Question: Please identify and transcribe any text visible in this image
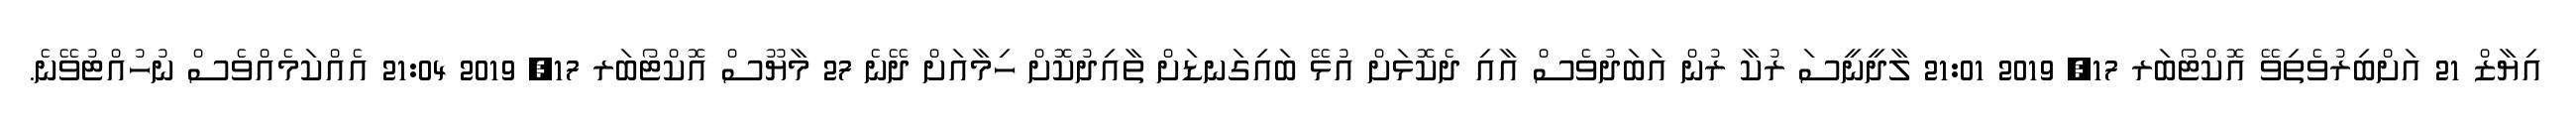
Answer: އިޔާޒް 21 އަށްބިރުވެތިވޭ އޮކްޓޯބަރ 17, 2019 21:01 ލާދީނީސަ ރުކާ ރުން އަބަދުވެސް އާއި ދެކޮޅަށް އުޅޭ ބައިގަނޑަށް ތާއިދުކޮށް ހިމާއަށް ދޭނެ 27 މާޔޫސް އޮކްޓޯބަރ 17, 2019 21:04 އެއްކަމެއްވެސް ނުހުއްޓުވޭނެ.